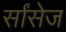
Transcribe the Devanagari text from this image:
र्सांसेज